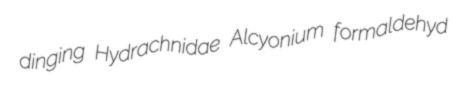
dinging Hydrachnidae Alcyonium formaldehyd